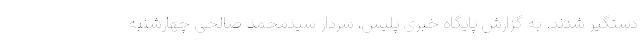
دستگیر شدند. به گزارش پایگاه خبری پلیس، سردار سیدمحمد صالحی چهارشنبه